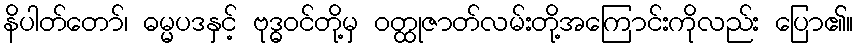
နိပါတ်တော်၊ ဓမ္မပဒနှင့် ဗုဒ္ဓဝင်တို့မှ ဝတ္ထုဇာတ်လမ်းတို့အကြောင်းကိုလည်း ပြော၏။